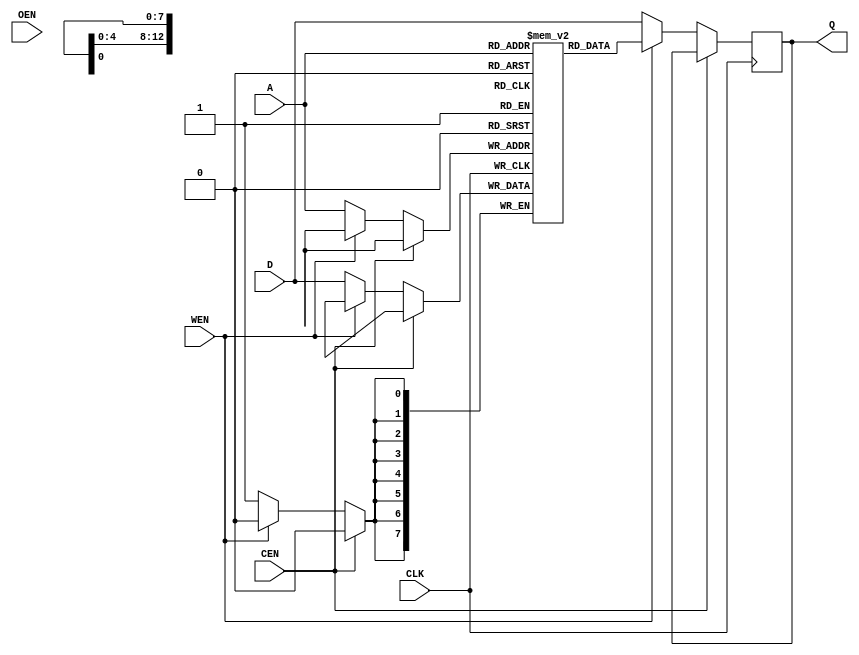
module RA1SH_v1 ( 
   output [BITS-1:0]         Q,          
   input                     CLK,        
   input                     CEN,        //chip select 
   input                     WEN,        
   input [ADDR_WIDTH-1:0]    A,          
   input [BITS-1:0]          D,          //data_in [7:0]
   input                     OEN         
);

    parameter BITS = 8;
    parameter WORD_DEPTH = 8192;
    parameter ADDR_WIDTH = 13;
    
    reg [BITS-1:0]        mem [WORD_DEPTH-1:0];
    reg [BITS-1:0]        q_reg;
 //   reg [ADDR_WIDTH-1:0]  a_reg;
    
    
    
//   wire [BITS-1:0]         _Q;
//   wire			           _OENi;
//   wire [ADDR_WIDTH-1:0]   _A;
//   wire			           _CLK;
//   wire			           _CEN;
//   wire			           _OEN;
//   wire                    _WEN;
//   wire [BITS-1:0]         _D;
    
    
   assign Q = q_reg;

        always @(negedge CLK) begin
            if (!CEN) begin
                if (!WEN) begin
                    mem [A] <= D;
                    q_reg <= D;
                end else begin
                    q_reg <= mem [A];
                end 
            end else begin
                q_reg <= q_reg;
            end 
        end
        
        
//bufif0 (Q[0], _Q[0], _OENi);
//bufif0 (Q[1], _Q[1], _OENi);
//bufif0 (Q[2], _Q[2], _OENi);
//bufif0 (Q[3], _Q[3], _OENi);
//bufif0 (Q[4], _Q[4], _OENi);
//bufif0 (Q[5], _Q[5], _OENi);
//bufif0 (Q[6], _Q[6], _OENi);
//bufif0 (Q[7], _Q[7], _OENi);
//buf (_D[0], D[0]);
//buf (_D[1], D[1]);
//buf (_D[2], D[2]);
//buf (_D[3], D[3]);
//buf (_D[4], D[4]);
//buf (_D[5], D[5]);
//buf (_D[6], D[6]);
//buf (_D[7], D[7]);
//buf (_A[0], A[0]);
//buf (_A[1], A[1]);
//buf (_A[2], A[2]);
//buf (_A[3], A[3]);
//buf (_A[4], A[4]);
//buf (_A[5], A[5]);
//buf (_A[6], A[6]);
//buf (_A[7], A[7]);
//buf (_A[8], A[8]);
//buf (_A[9], A[9]);
//buf (_A[10], A[10]);
//buf (_A[11], A[11]);
//buf (_A[12], A[12]);
//buf (_CLK, CLK);
//buf (_WEN, WEN);
//buf (_OEN, OEN);
//buf (_CEN, CEN);


//assign _OENi = _OEN;
//assign _Q = q_reg;

endmodule